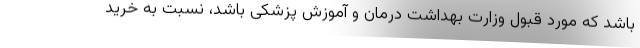
باشد که مورد قبول وزارت بهداشت درمان و آموزش پزشکی باشد، نسبت به خرید